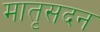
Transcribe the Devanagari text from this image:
मातृसदन